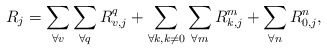
\begin{align*} R_j=\sum\limits_{\forall v}\sum\limits_{\forall q} R_{v,j}^q + \sum\limits_{\forall k, k\ne0}\sum\limits_{\forall m} R_{k,j}^m +\sum\limits_{\forall n} R_{0,j}^n,\end{align*}